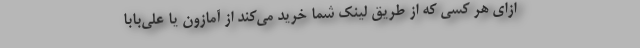
ازای هر کسی که از طریق لینک شما خرید می‌کند از آمازون یا علی‌بابا